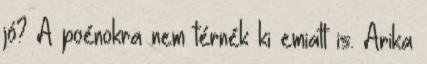
jó? A poénokra nem térnék ki emiatt is. Arika